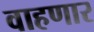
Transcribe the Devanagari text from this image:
वाहणार